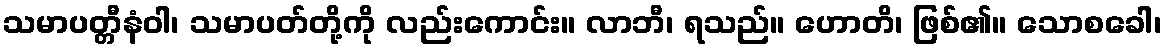
သမာပတ္တီနံဝါ၊ သမာပတ်တို့ကို လည်းကောင်း။ လာဘီ၊ ရသည်။ ဟောတိ၊ ဖြစ်၏။ သောစခေါ၊